Statistical return of the lunatic asylum in Assam - 1912-1932
Year: 1912
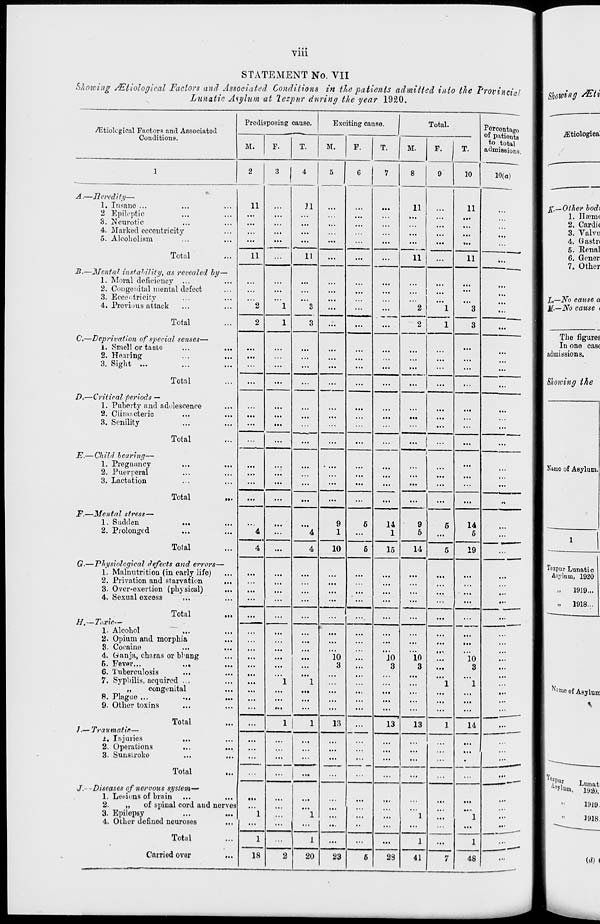
■vm
STATEMENT No. VII
Showing /Etiological Factors and Associated Conditions in the patients admitted into the Provincial
Lunatic Asylum at Tezpur during the year 1920.
Predisposing cause.
Exciting cause.
Total.
Percentage
of patients
to total
/Etiokgical Factors and Associated
Conditions.
M.
F.
T.
M.
F.
T.
M.
F.
T.
admissions.
1
2
3 1 4 5 G 7 8 9 10 10(a)
A.—Heredity—
1, Insane ...
11
...
n ... ... ...
11
11
2 Epileptic
...
...
...
...
...
...
...
...
3. Neurotic
...
...
...
...
...
...
...
...
...
4. Marked eccentricity
...
...
...
...
...
5. Alcoholism
...
...
...
...
...
...
...
...
...
...
...
Total
...
11
...
ii
...
...
...
«
...
11
...
B.—Mental instability, as revealed by-
""""
1. Moral deficiency
...
...
...
...
...
...
...
...
...
2. Congenital menial defect
...
...
...
...
...
■..
...
...
3. Eccentricity
...
...
...
...
4. Previous attack
...
2
1
3
...
...
...
2
1
3
...
Total
...
2
1
3
...
...
...
2
1
3
...
C.—Deprivation of special senses—
1. Smell or taste
...
...
...
...
...
...
...
...
...
...
2. Hearing'
...
...
...
....
...
...
3. Sight ...
:.
...
...
...
...
...
...
...
...
...
Total
...
...
...
...
...
...
...
...
...
D.—Critical periods —
1. Puberty and adolescence
...
...
...
...
...
...
...
...
...
...
...
2. Climacteric
...
...
...
...
...
...
...
3. Senility
...
...
...
...
...
...
...
...
...
...
Total
...
...
...
...
...
...
...
...
...
...
E.— Child bearing—
i
1. Pregnancy
...
...
. ■.
...
• ...
...
...
...
• ■ ■
...
2. Puerperal
...
...
...
• •■
...
...
...
3. Lactation
,,,
...
...
...
...
...
...
...
...
...
Total
...
...
...
...
...
...
...
...
...
«
F.—Mental stress—
1. Sudden
...
...
...
...
9
5
14
9
6
14
2. Prolonged
...
4
...
4
1
...
1
5
...
5
...
Total
...
4
...
4
10
5
15
14
5
19
...
G.—Physiological defects and errors-
1. Malnutritiou (in early life)
...
...
...
...
...
...
...
...
...
2. Privation and starvation
...
...
■ .I
...
...
3. Over-exertion (physical)
...
...
...
...
...
...
...
...
...
4. Sexual excess
...
■••
...
...
...
...
...
...
...
...
...
...
Total
H.—Toxic—
1. Alcohol
...
...
...
...
• ••
...
...
...
...
...
...
...
2. Opium and morphia
...
...
...
...
...
...
...
...
...
...
...
8. Cocaine
...
• ■ ■
...
...
...
...
...
•..
...
4. Gtanja, chnras or bhang
...
...
...
10
...
JO
10
...
10
...
6. Fevflr...
...
•«•
...
...
3
3
3
...
3
...
6. Tuberculosis
...
...
...
...
...
...
7. Syphilis, acquired ...
...
...
1
1
...
...
...
...
1
1
...
„
congenital
...
...
...
...
...
...
...
...
...
in
8. Plague ...
...
...
...
...
...
...
9. Other toxins
...
Ml
...
...
...
...
...
...
...
...
Total
...
1
1
13
...
13
13
1
14
...
].—Traumatic—
i. Injuries
2. Operations
...
...
...
...
...
...
...
3. Sunstroke
...
...
...
...
...
...
...
...
...
•
"V „
Total
in
...
...
...
...
...
...
...
...
...
...
J--Diseases of nervous system—■
1. Let-ions of brain
...
•i.
...
,,,
...
...
2.
„
of spinal cord and nerves i
...
...
...
...
•>>
II1
3. Epilepsy
...
1
• • .
1
...
...
1
...
1
...
4. Other defined neuroses
...
...
...
...
...
• •
...
...
...
Total
1
1
...
...
...
1
...
1
'" _^
Carried over
18
2
20
23
6
23
41
7
48
...
1
,
Namo of Asylum.
Tczpur Lunatic
Asylum, 1920